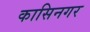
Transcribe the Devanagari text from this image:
कासिनगर